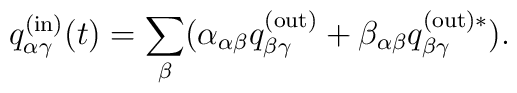
q_{\alpha\gamma}^{{\rm(in)}}(t)=\sum_{\beta}(\alpha_{\alpha\beta}q_{\beta\gamma} ^{{\rm(out)}}+ \beta_{\alpha\beta}q_{\beta\gamma}^{{\rm (out)}\ast}).